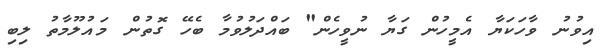
އިވުނު ވާހަކަޔާ އެމީހުން ގަޔާ ނުވީހެން" ބައްދަލުވުމާ ބެހޭ ގޮތުން މައުލޫމާތު ލިބި